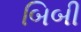
બિબી